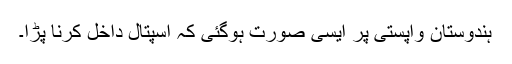
ہندوستان واپستی پر ایسی صورت ہوگئی کہ اسپتال داخل کرنا پڑا۔